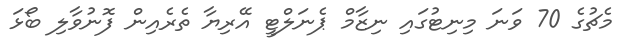
މެޗުގެ 70 ވަނަ މިނިޓުގައި ނިޒާމް ޕެނަލްޓީ އޭރިޔާ ތެރެެއިން ފޮނުވާލި ބޯޅަ